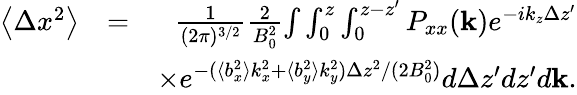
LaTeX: \begin{array}{rlr}{\left\langle\Delta x^{2}\right\rangle}&{=}&{\frac{1}{(2\pi)^{3/2}}\frac{2}{B_{0}^{2}}{\int}\int_{0}^{z}\int_{0}^{z-{z}^{\prime}}P_{xx}(\mathbf{k})e^{-ik_{z}\Delta z^{\prime}}}\\ &{}&{\times e^{-(\langle b_{x}^{2}\rangle k_{x}^{2}+\langle b_{y}^{2}\rangle k_{y}^{2})\Delta z^{2}/(2B_{0}^{2})}d\Delta z^{\prime}d{z}^{\prime}d\mathbf{k}.}\end{array}